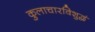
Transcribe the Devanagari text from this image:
कुलाचारविशुद्धं